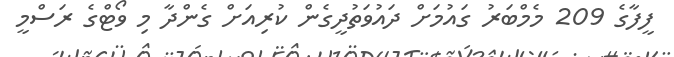
ފީފާގެ 209 މެމްބަރު ގައުމަށް ދައުވަތުދީގެން ކުރިއަށް ގެންދާ މި ވޯޓްގެ ރަސްމީ